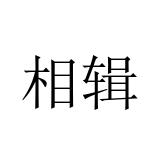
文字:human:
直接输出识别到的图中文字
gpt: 相辑